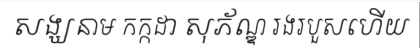
សង្ឃនាម កក្កដា សុភ័ណ្ឌ រងរបួសហើយ